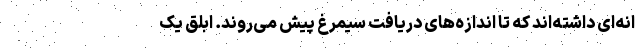
انه‌ای داشته‌اند که تا اندازه‌های دریافت سیمرغ پیش می‌روند. ابلق یک